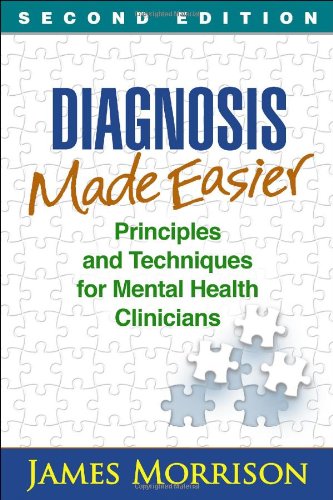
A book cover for Diagnosis Made Easier, Second Edition: Principles and Techniques for Mental Health Clinicians; James Morrison MD; Medical Books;